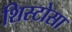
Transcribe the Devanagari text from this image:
शिस्टोसा